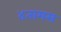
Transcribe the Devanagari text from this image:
४तामस